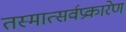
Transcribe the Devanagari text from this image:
तस्मात्सर्वप्रकारेण